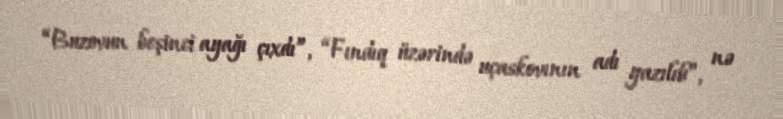
“Buzovun beşinci ayağı çıxdı”, “Fındıq üzərində uçaskovının adı yazılıb”, nə